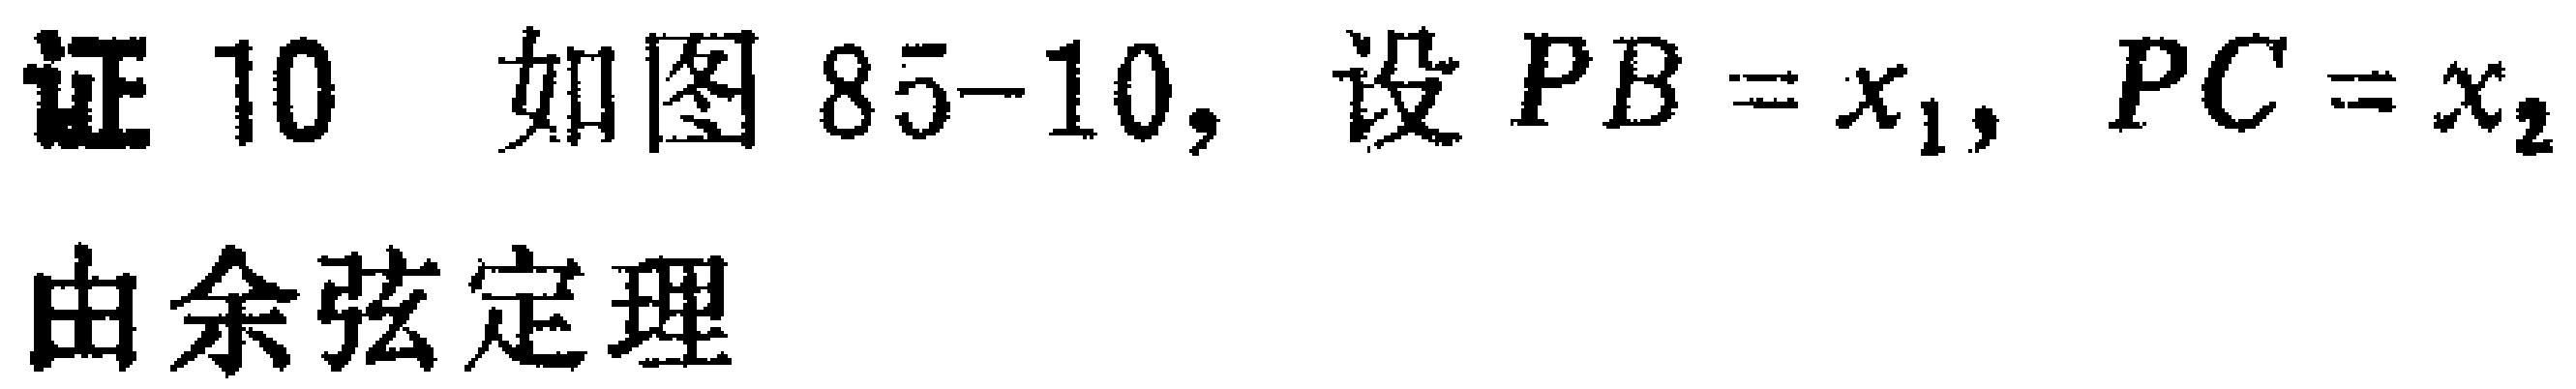
证10 如图85-10，设 \(PB = x_{1}\)，\(PC = x_{2}\) 由余弦定理